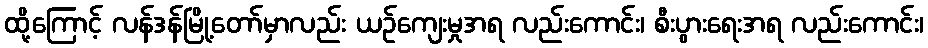
ထို့ကြောင့် လန်ဒန်မြို့တော်မှာလည်း ယဉ်ကျေးမှုအရ လည်းကောင်း၊ စီးပွားရေးအရ လည်းကောင်း၊